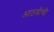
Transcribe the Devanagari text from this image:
आठवीची